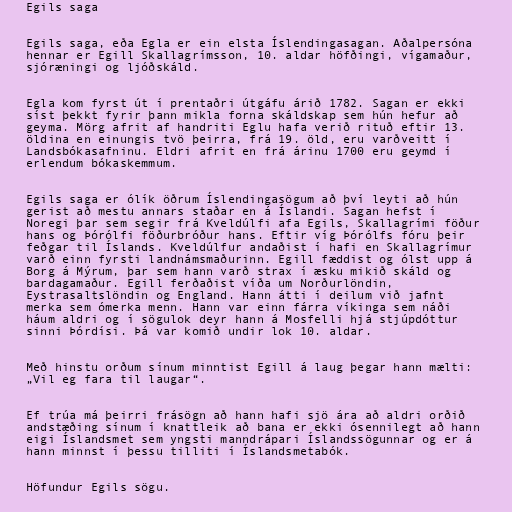
Egils saga

Egils saga, eða Egla er ein elsta Íslendingasagan. Aðalpersóna
hennar er Egill Skallagrímsson, 10. aldar höfðingi, vígamaður,
sjóræningi og ljóðskáld.

Egla kom fyrst út í prentaðri útgáfu árið 1782. Sagan er ekki
síst þekkt fyrir þann mikla forna skáldskap sem hún hefur að
geyma. Mörg afrit af handriti Eglu hafa verið rituð eftir 13.
öldina en einungis tvö þeirra, frá 19. öld, eru varðveitt í
Landsbókasafninu. Eldri afrit en frá árinu 1700 eru geymd í
erlendum bókaskemmum.

Egils saga er ólík öðrum Íslendingasögum að því leyti að hún
gerist að mestu annars staðar en á Íslandi. Sagan hefst í
Noregi þar sem segir frá Kveldúlfi afa Egils, Skallagrími föður
hans og Þórólfi föðurbróður hans. Eftir víg Þórólfs fóru þeir
feðgar til Íslands. Kveldúlfur andaðist í hafi en Skallagrímur
varð einn fyrsti landnámsmaðurinn. Egill fæddist og ólst upp á
Borg á Mýrum, þar sem hann varð strax í æsku mikið skáld og
bardagamaður. Egill ferðaðist víða um Norðurlöndin,
Eystrasaltslöndin og England. Hann átti í deilum við jafnt
merka sem ómerka menn. Hann var einn fárra víkinga sem náði
háum aldri og í sögulok deyr hann á Mosfelli hjá stjúpdóttur
sinni Þórdísi. Þá var komið undir lok 10. aldar.

Með hinstu orðum sínum minntist Egill á laug þegar hann mælti:
„Vil eg fara til laugar“.

Ef trúa má þeirri frásögn að hann hafi sjö ára að aldri orðið
andstæðing sínum í knattleik að bana er ekki ósennilegt að hann
eigi Íslandsmet sem yngsti manndrápari Íslandssögunnar og er á
hann minnst í þessu tilliti í Íslandsmetabók.

Höfundur Egils sögu.